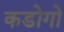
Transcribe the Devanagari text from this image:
कडोगो